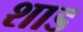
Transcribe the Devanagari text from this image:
शाड